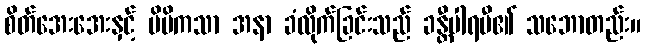
စိတ်အေးအေးနှင့် မိမိကသာ အနာ ခံလိုက်ခြင်းသည် ခန္တီပါရမီ၏ သဘောတည်း။